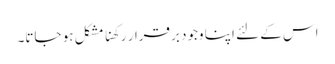
اس کے لئے اپنا وجود برقرار رکھنا مشکل ہو جاتا۔